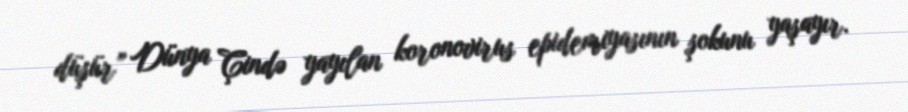
düşür” Dünya Çində yayılan koronovirus epidemiyasının şokunu yaşayır.